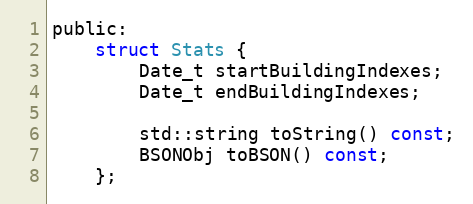
Language: C
public:
    struct Stats {
        Date_t startBuildingIndexes;
        Date_t endBuildingIndexes;

        std::string toString() const;
        BSONObj toBSON() const;
    };